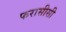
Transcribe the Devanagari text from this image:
फरासीसी